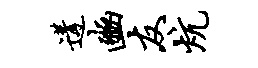
遘豳友炕